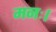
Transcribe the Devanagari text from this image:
मनः।